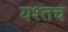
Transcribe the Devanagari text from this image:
यश्तच